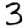
Digit: 3